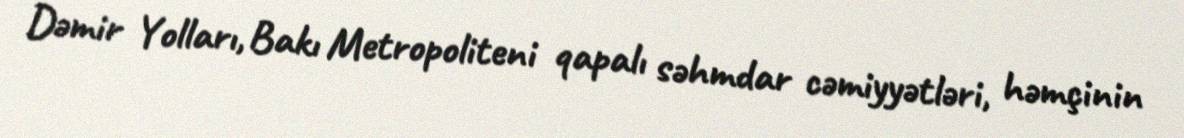
Dəmir Yolları, Bakı Metropoliteni qapalı səhmdar cəmiyyətləri, həmçinin